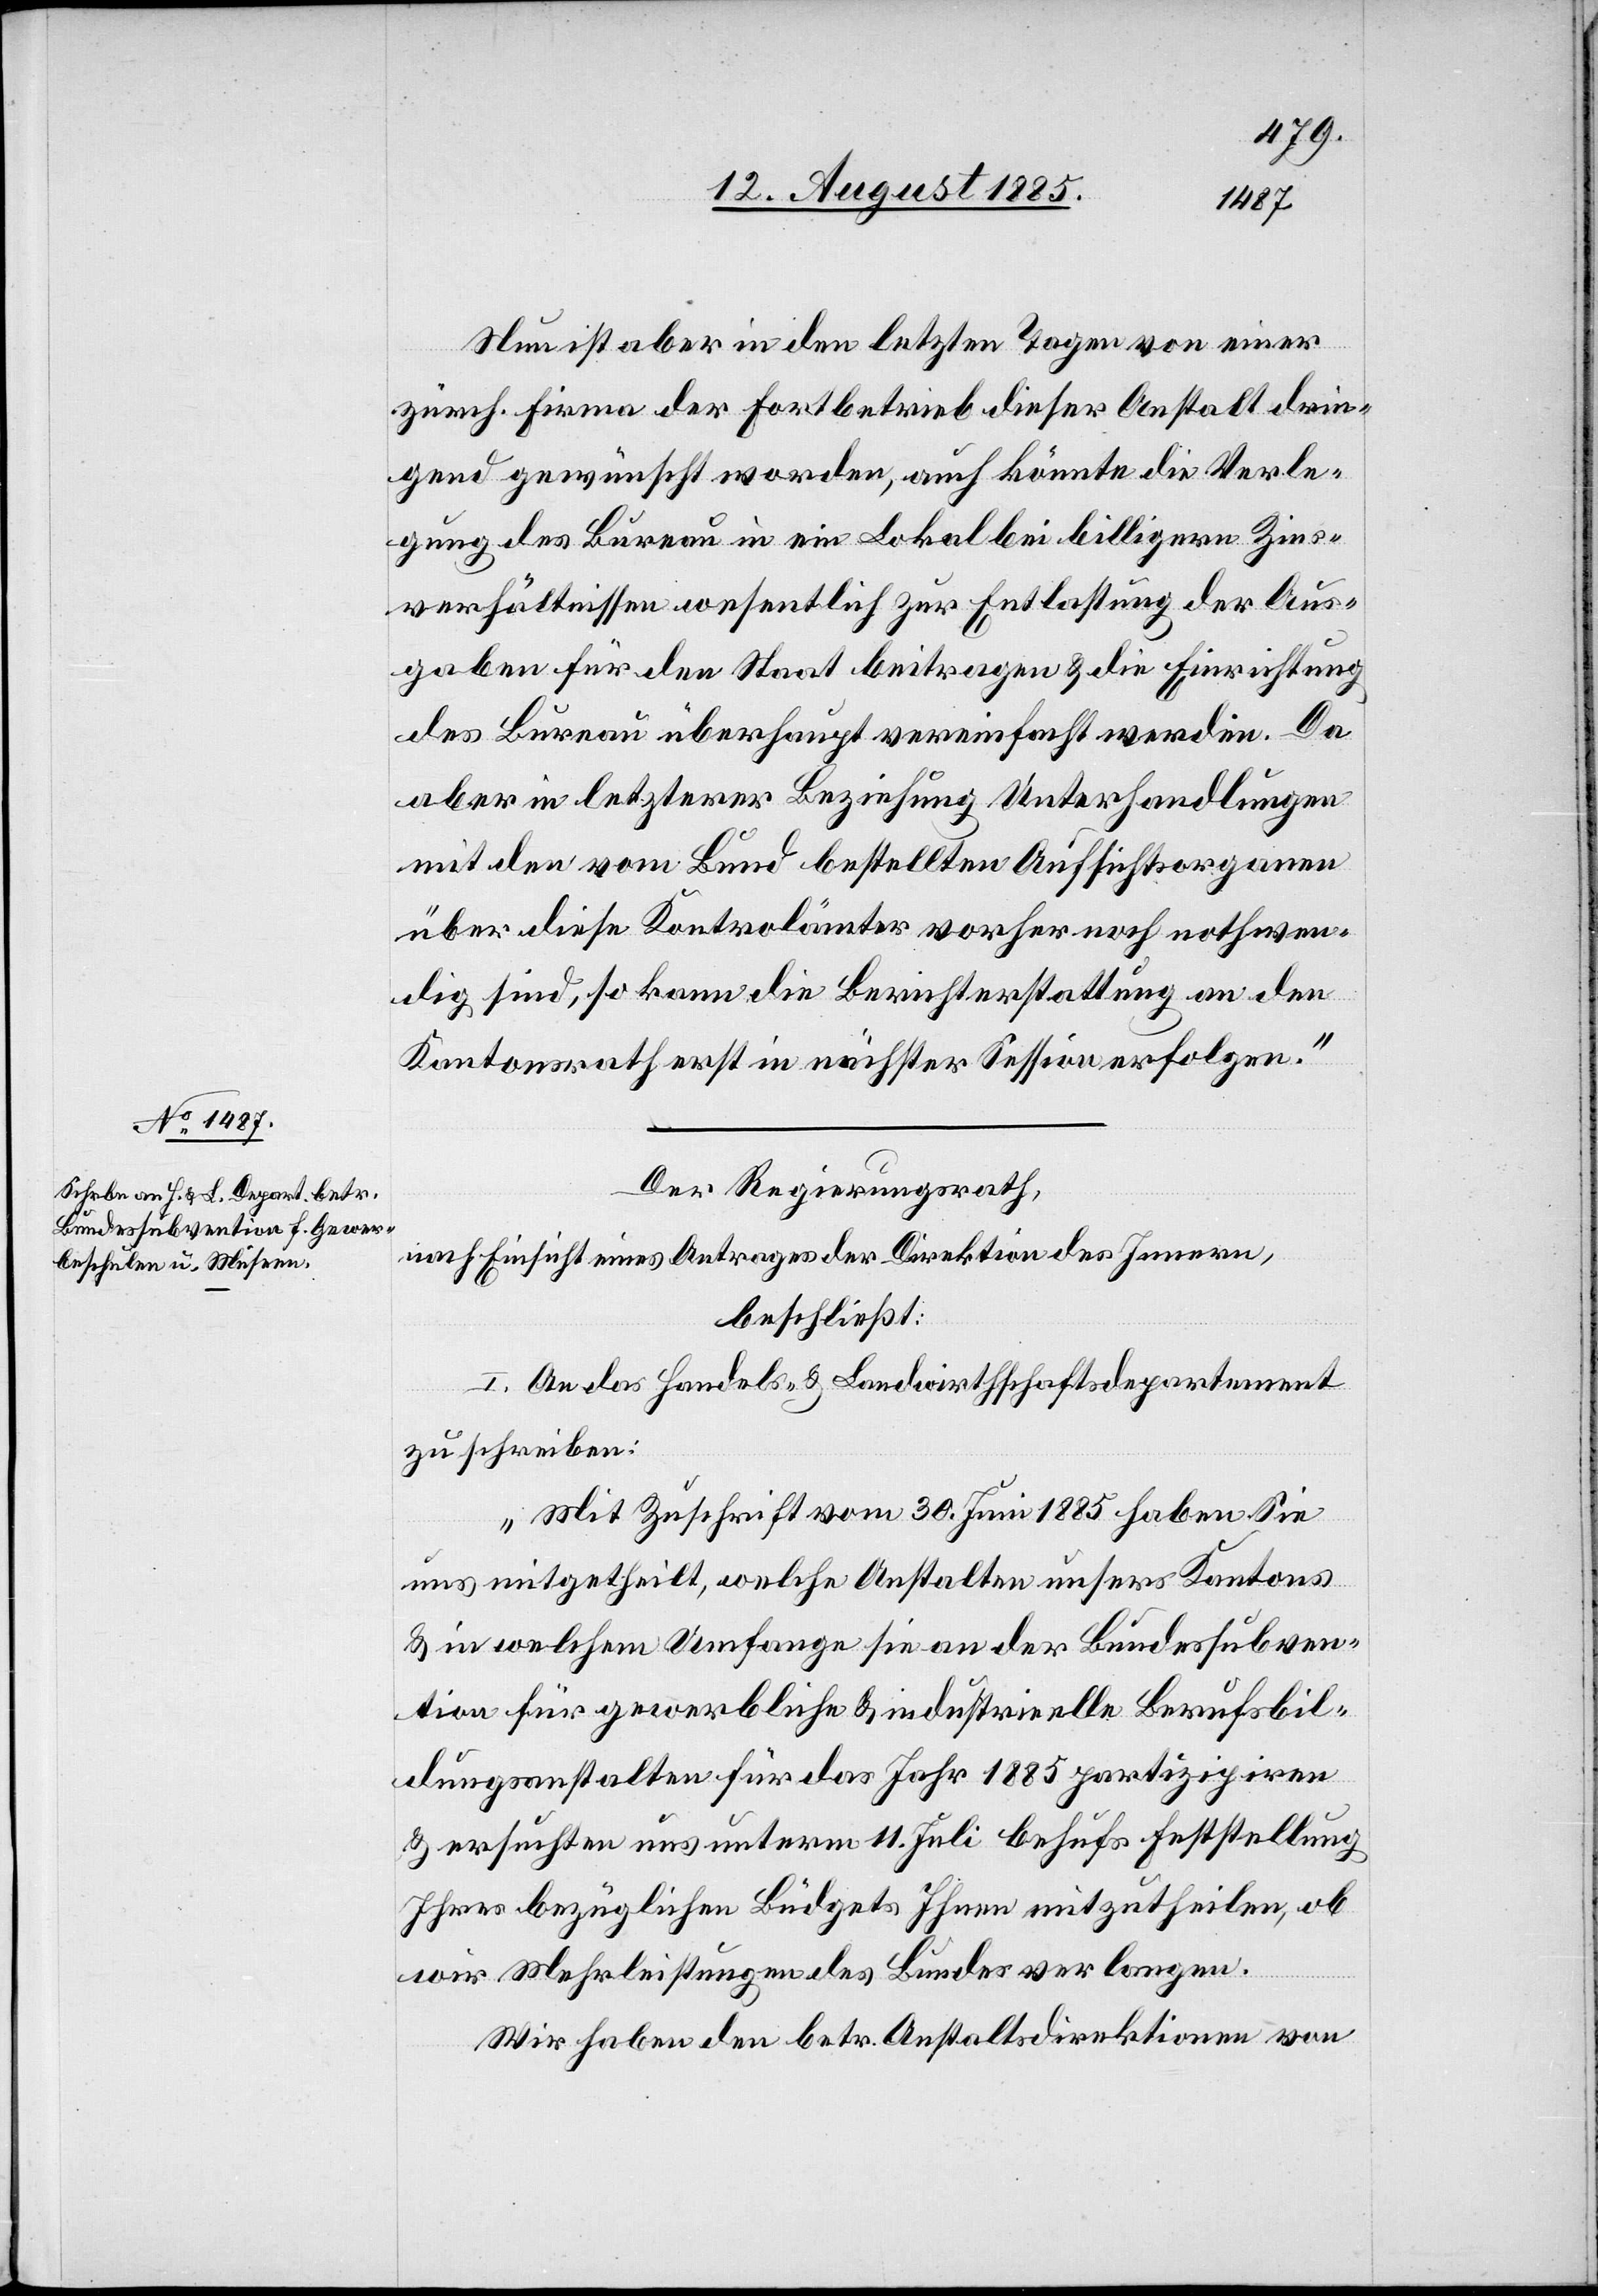
Nun ist aber in den letzten Tagen von einer
zürch. Firma der Fortbetrieb dieser Anstalt drin¬
gend gewünscht worden, auch könnte die Verle¬
gung des Bureau in ein Lokal bei billigern Zins¬
verhältnissen wesentlich zur Entlastung der Aus¬
gaben für den Staat beitragen & die Einrichtung
des Bureau überhaupt vereinfacht werden. Da
aber in letzterer Beziehung Unterhandlungen
mit den vom Bund bestellten Aufsichtsorganen
über diese Kontrolämter vorher noch nothwen¬
dig sind, so kann die Berichterstattung an den
Kantonsrath erst in nächster Session erfolgen.“